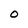
Character: 0